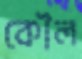
কৌল